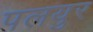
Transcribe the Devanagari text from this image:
पलयुर